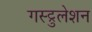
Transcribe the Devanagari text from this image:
गस्ट्रुलेशन